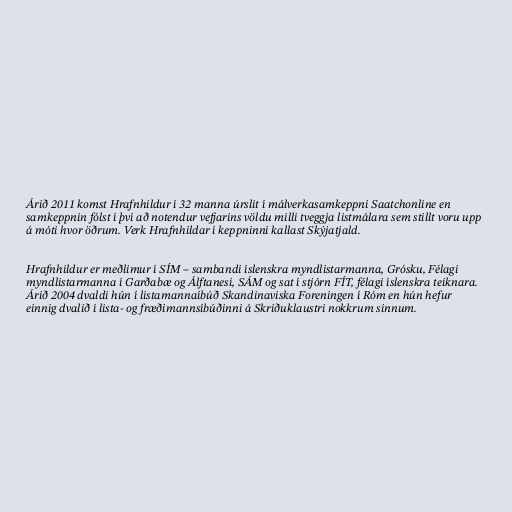
Árið 2011 komst Hrafnhildur í 32 manna úrslit í málverkasamkeppni Saatchonline en
samkeppnin fólst í því að notendur vefjarins völdu milli tveggja listmálara sem stillt voru upp
á móti hvor öðrum. Verk Hrafnhildar í keppninni kallast Skýjatjald.

Hrafnhildur er meðlimur í SÍM – sambandi íslenskra myndlistarmanna, Grósku, Félagi
myndlistarmanna í Garðabæ og Álftanesi, SÁM og sat í stjórn FÍT, félagi íslenskra teiknara.
Árið 2004 dvaldi hún í listamannaíbúð Skandinaviska Foreningen í Róm en hún hefur
einnig dvalið í lista- og fræðimannsíbúðinni á Skriðuklaustri nokkrum sinnum.